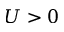
U > 0